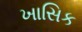
ખાસિક